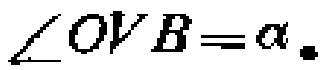
\(\angle OVB=\alpha\).